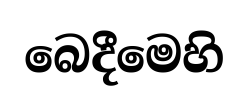
බෙදීමෙහි